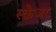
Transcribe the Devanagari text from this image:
स्क्रेजर